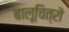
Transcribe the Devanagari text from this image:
बालूचित्रों